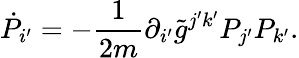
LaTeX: \dot{P}_{i^{\prime}}=-\frac{1}{2m}\partial_{i^{\prime}}\tilde{g}^{j^{\prime}k^{\prime}}P_{j^{\prime}}P_{k^{\prime}}.